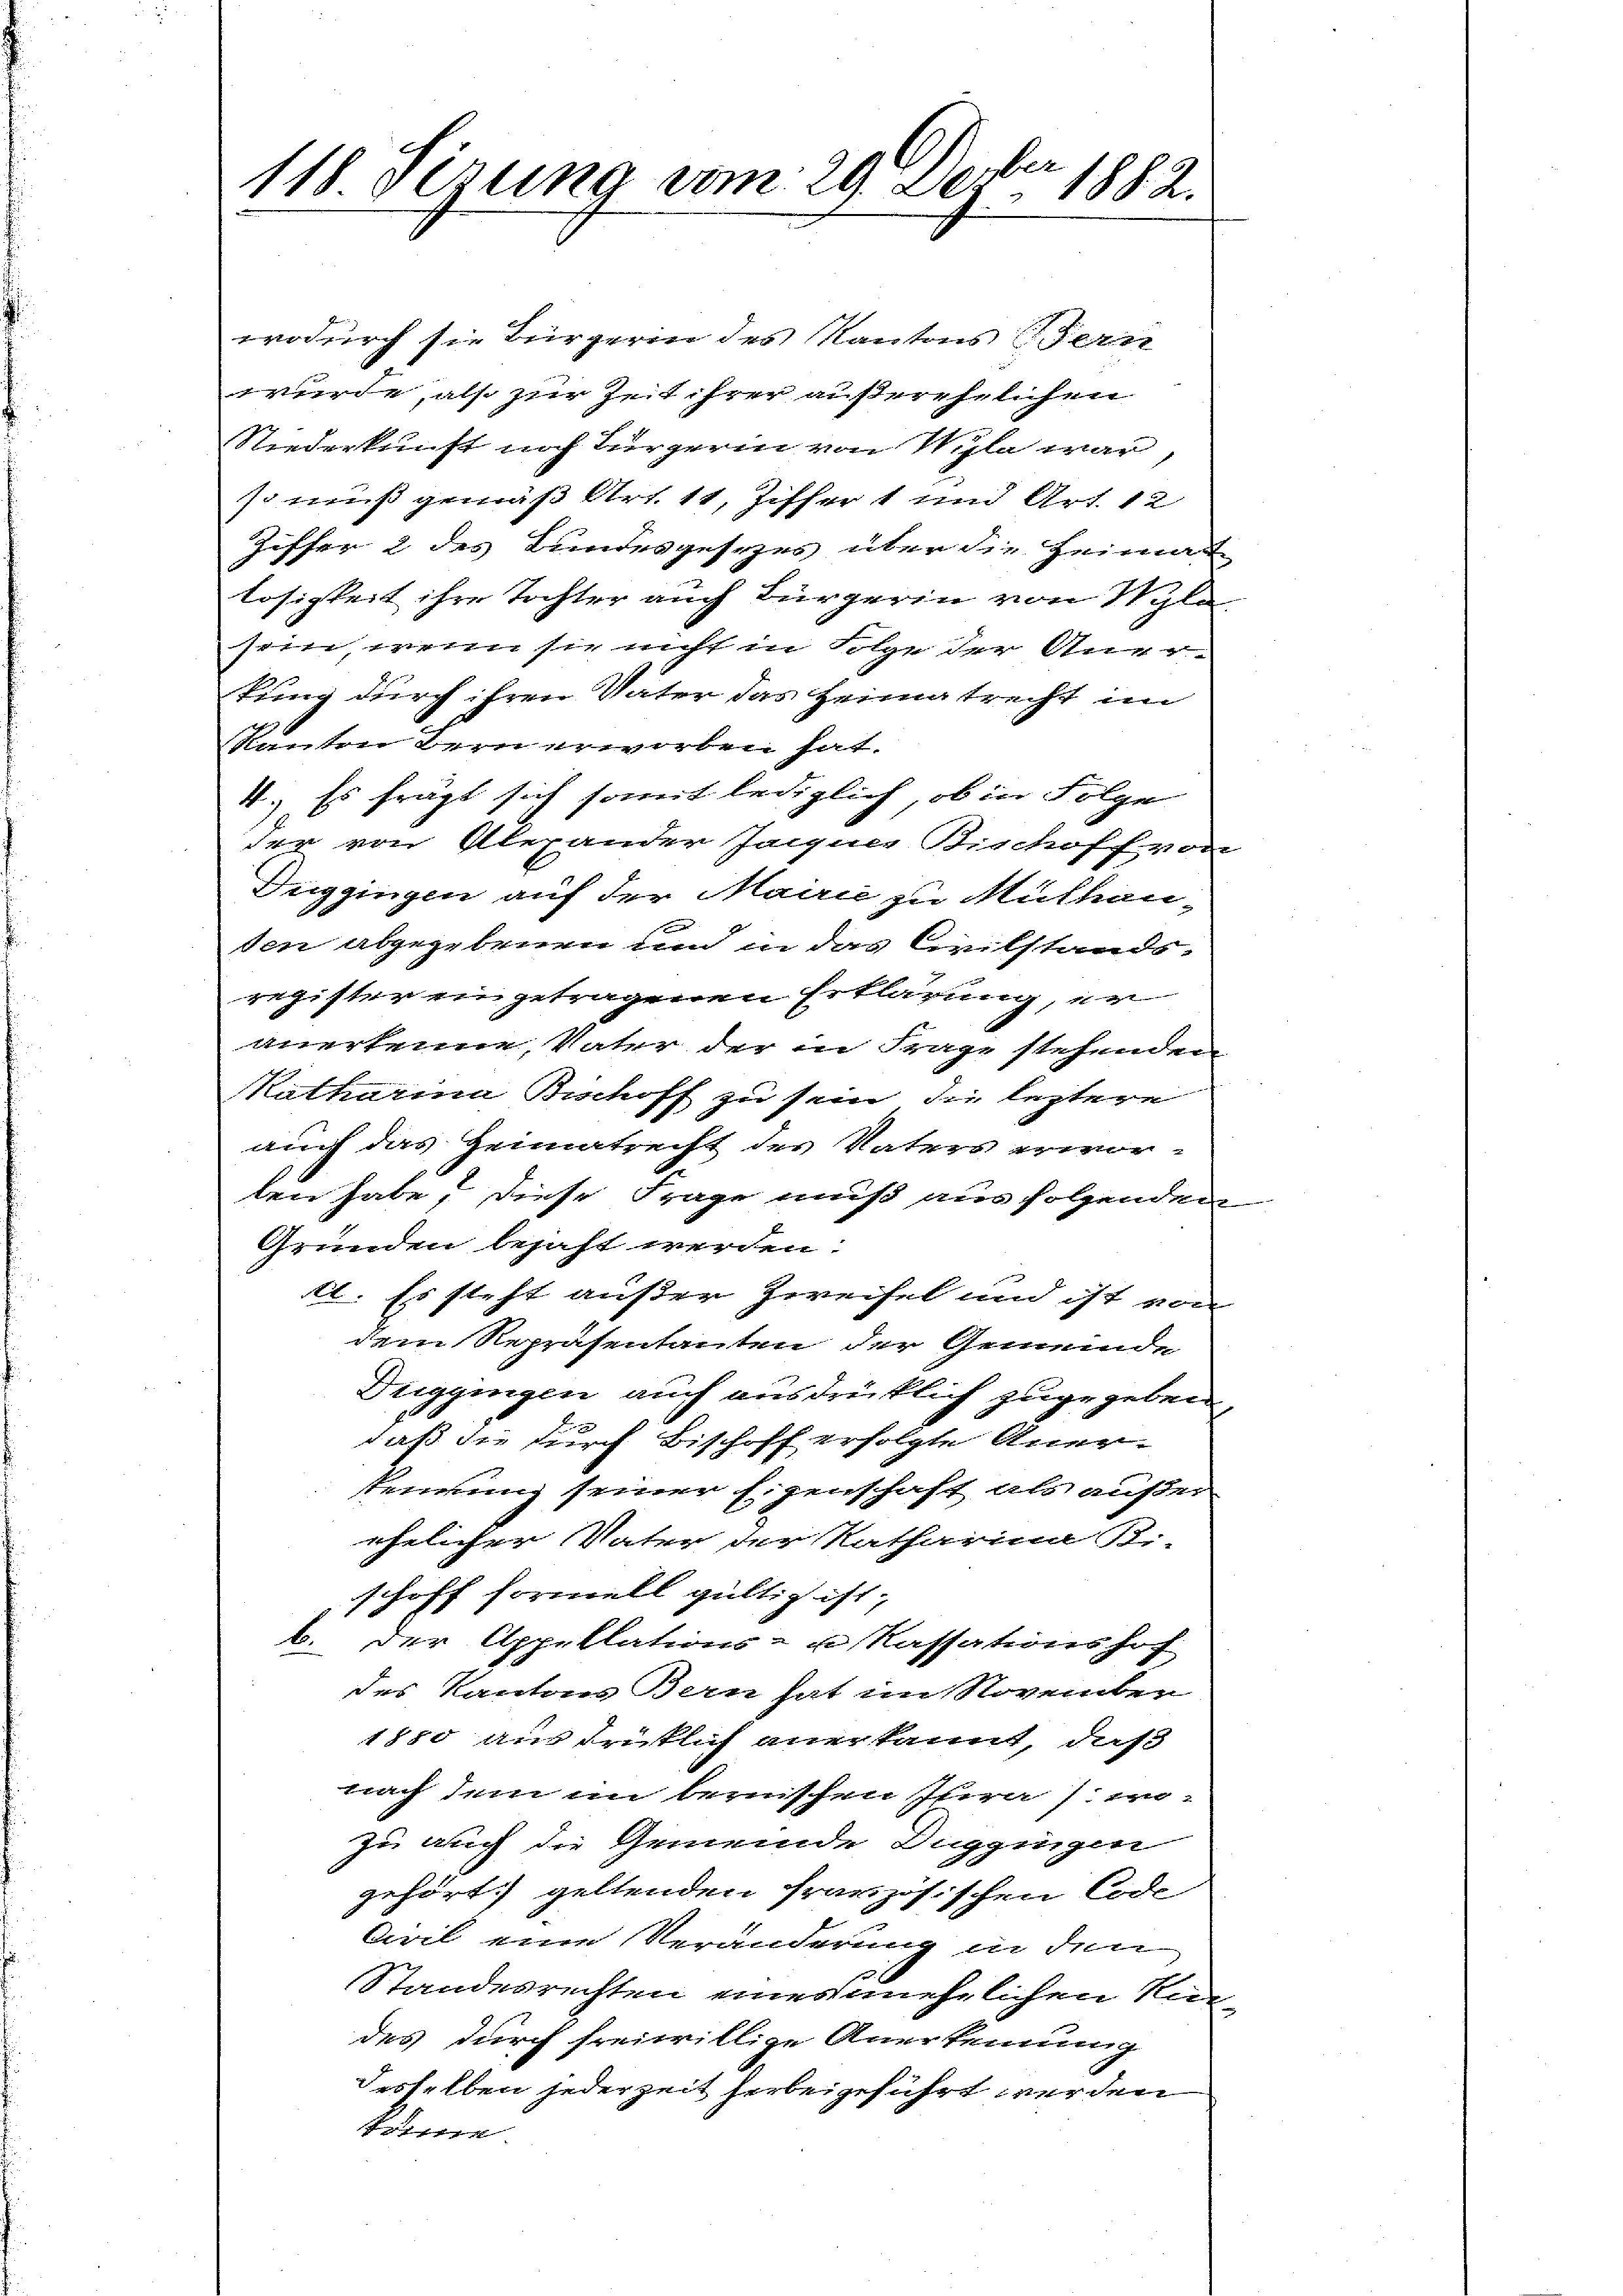
118. Sirung vom 29. Dober 1882.

wodurch sie Bürgerin des Kantons Fern
wurde, also zur Zeit ihrer außerehelichen
Niederkunft noch Jürgerin von Wyla war
so muß gemäß Art. 11, Ziffer 1 und Art. 12
Ziffer 2 des Bundesgesezes über die Heimat
Tosigkeit ihre Tochter auch Bürgerin von Wyle
sein, wenn sie nicht in Folge der Anertung durch ihren Vater das Heimatrecht im
Ranten Bern erworben hat.
4.) Es frägt sich somit lediglich, ob in Folge
der von Alexander Jagen Bischoff von
Duggingen auf der Mairie zu Mutten.
den abgegebenen und in das Civilstands-
register ein getragenen Erklärung, er
anerkenne, Vater der in Frage stehenden
Katharina Bischoff zu sein, die leztere
auch das Heimatrecht des Vaters erworten habe, diese Frage muß aus folgenden
Gründen bejaht werden.
t1. Es steht außer Zweifel und ist von
dem Repräsentanten der Gemeinde
Duggingen auch ausdrüklich zugegeben
daß die durch Bischoff erfolgte Aner-
kennung seiner Eigenschaft als außer
ehelicher Vater der Ratharina Sti-
schoff formell gültig ist;
b.
der Appellations- u. Kassationshof
des Kantons Bern hat im November
1880 ausdrüklich anerkannt, daß
nach dem im bernischen Phraswo-
zu auch die Gemeinde Buggingen
gehört, geltenden französischen Code
Civil eine Veränderung in dem
Standesrechten eines mehrlichen Rie
des durch freiwillige Anerkennung
desselben jederzeit herbeigeführt werden

ihen we